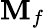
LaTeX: \mathbf{M}_{f}